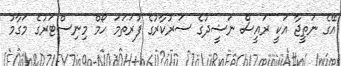
އޭގެ ނަތީޖާ އަކީ ރައީސް ނަޝީދުގެ ސަރުކާރުގެ ފުރަތަމަ ހޯމް މިނިސްޓަރުގެ މަގާމު